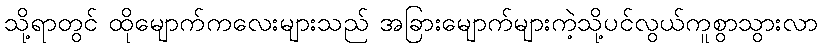
သို့ရာတွင် ထိုမျောက်ကလေးများသည် အခြားမျောက်များကဲ့သို့ပင်လွယ်ကူစွာသွားလာ